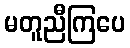
မတူညီကြပေ